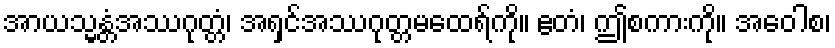
အာယသ္မန္တံအဿဂုတ္တံ၊ အရှင်အဿဂုတ္တမထေရ်ကို။ ဧတံ၊ ဤစကားကို။ အဝေါစ၊